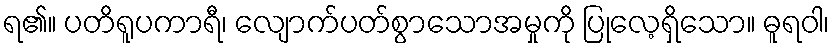
ရ၏။ ပတိရူပကာရီ၊ လျောက်ပတ်စွာသောအမှုကို ပြုလေ့ရှိသော။ ဓူရဝါ၊